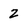
Character: 2